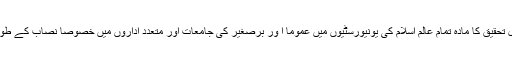
یہی وجہ ہے کہ اصول تحقیق کا مادہ تمام عالمِ اسلام کی یونیورسٹیوں میں عموماً ا ور برصغیر کی جامعات اور متعدد اداروں میں خصوصاً نصاب کے طور پر پڑھایا جاتا ہے ۔